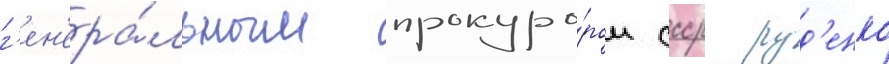
г'ен'ера́льным прокуро́ром ссср руд'енко